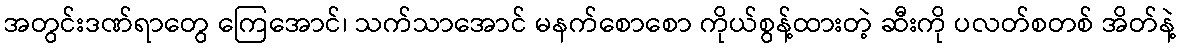
အတွင်းဒဏ်ရာတွေ ကြေအောင်၊ သက်သာအောင် မနက်စောစော ကိုယ်စွန့်ထားတဲ့ ဆီးကို ပလတ်စတစ် အိတ်နဲ့